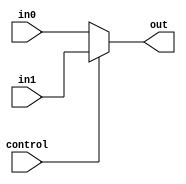
module mux(
    input [7:0] in0,
    input [7:0] in1,
    input control,
    output reg [7:0] out
);

always @(*) begin
    if (control == 0)
        out = in0;
    else
        out = in1;
end

endmodule